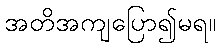
အတိအကျပြော၍မရ။